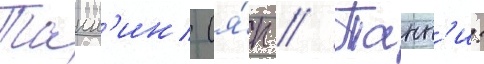
Танн'ин (я́п // Танн'и: